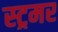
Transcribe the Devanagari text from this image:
स्ट्रमर